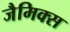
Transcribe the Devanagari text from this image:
जैमिक्स